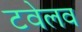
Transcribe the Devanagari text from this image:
टवेलव